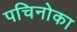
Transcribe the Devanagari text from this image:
पचिनोका